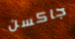
جاكسن